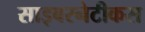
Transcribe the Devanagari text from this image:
साइबरनेटीकस